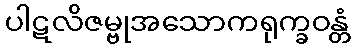
ပါဋလိဇမ္ဗုအသောကရုက္ခဝန္တံ